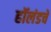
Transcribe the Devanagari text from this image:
हॉलंडचे